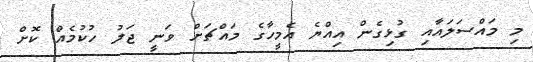
މި މައްސަލައާއި ގުޅިގެން އިއްޔެ އެމީހާގެ މައްޗަށް ވަނީ ޖަލު ހުކުމެއް ކޮށް